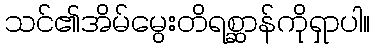
သင်၏အိမ်မွေးတိရစ္ဆာန်ကိုရှာပါ။